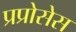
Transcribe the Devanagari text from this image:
प्रप्रोसेस